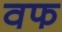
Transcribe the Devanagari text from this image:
वफ